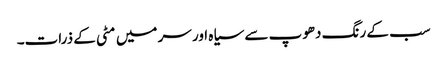
سب کے رنگ دھوپ سے سیاہ اور سر میں مٹی کے ذرات۔